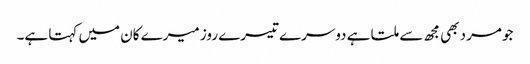
جو مرد بھی مجھ سے ملتا ہے دوسرے تیسرے روز میرے کان میں کہتا ہے۔